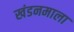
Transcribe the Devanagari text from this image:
खंडनमाला